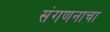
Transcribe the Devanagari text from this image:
संगणनाचा